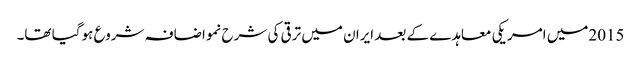
2015میں امریکی معاہدے کے بعد ایران میں ترقی کی شرح نمواضافہ شروع ہوگیا تھا۔